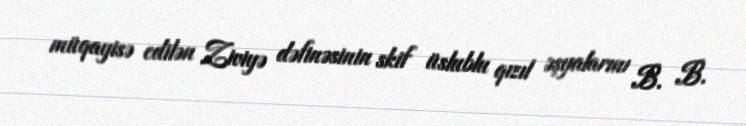
müqayisə edilən Ziviyə dəfinəsinin skif üslublu qızıl əşyalarını B. B.